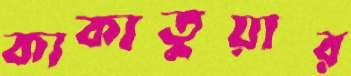
কাকাতুয়ার